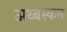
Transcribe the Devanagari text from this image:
अथ्बस्कन